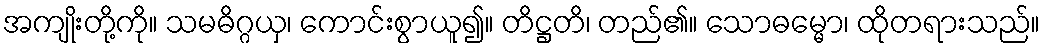
အကျိုးတို့ကို။ သမဓိဂ္ဂယှ၊ ကောင်းစွာယူ၍။ တိဋ္ဌတိ၊ တည်၏။ သောဓမ္မော၊ ထိုတရားသည်။